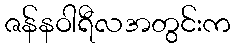
ဇန်နဝါရီလအတွင်းက